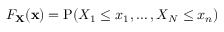
F _ { \mathbf { X } } ( \mathbf { x } ) = \operatorname { P } ( X _ { 1 } \leq x _ { 1 } , \ldots , X _ { N } \leq x _ { n } )